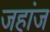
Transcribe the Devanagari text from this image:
जहांज